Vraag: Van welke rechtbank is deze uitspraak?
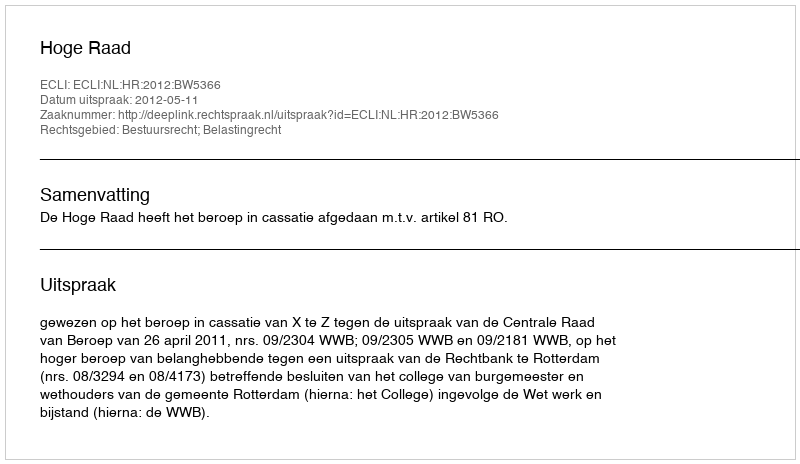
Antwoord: Hoge Raad